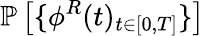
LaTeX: \mathbb{P}\left[\{ \phi^{R}(t)_{t\in[0,T]}\} \right]